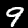
Label: 9